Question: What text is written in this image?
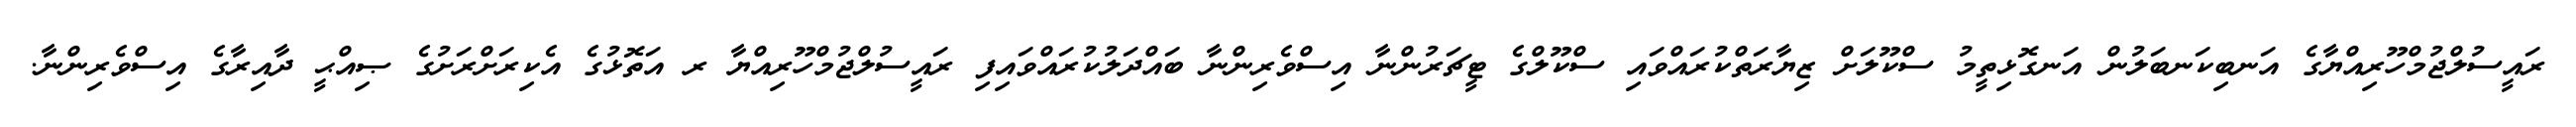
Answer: ރައީސުލްޖުމްހޫރިއްޔާގެ އަނބިކަނބަލުން އަނގޮޅިތީމު ސްކޫލަށް ޒިޔާރަތްކުރައްވައި ސްކޫލްގެ ޓީޗަރުންނާ އިސްވެރިންނާ ބައްދަލުކުރައްވައިފި ރައީސުލްޖުމްހޫރިއްޔާ ރ އަތޮޅުގެ އެކިރަށްރަށުގެ ޞިއްޙީ ދާއިރާގެ އިސްވެރިންނާ.